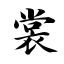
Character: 裳